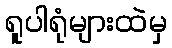
ရူပါရုံများထဲမှ